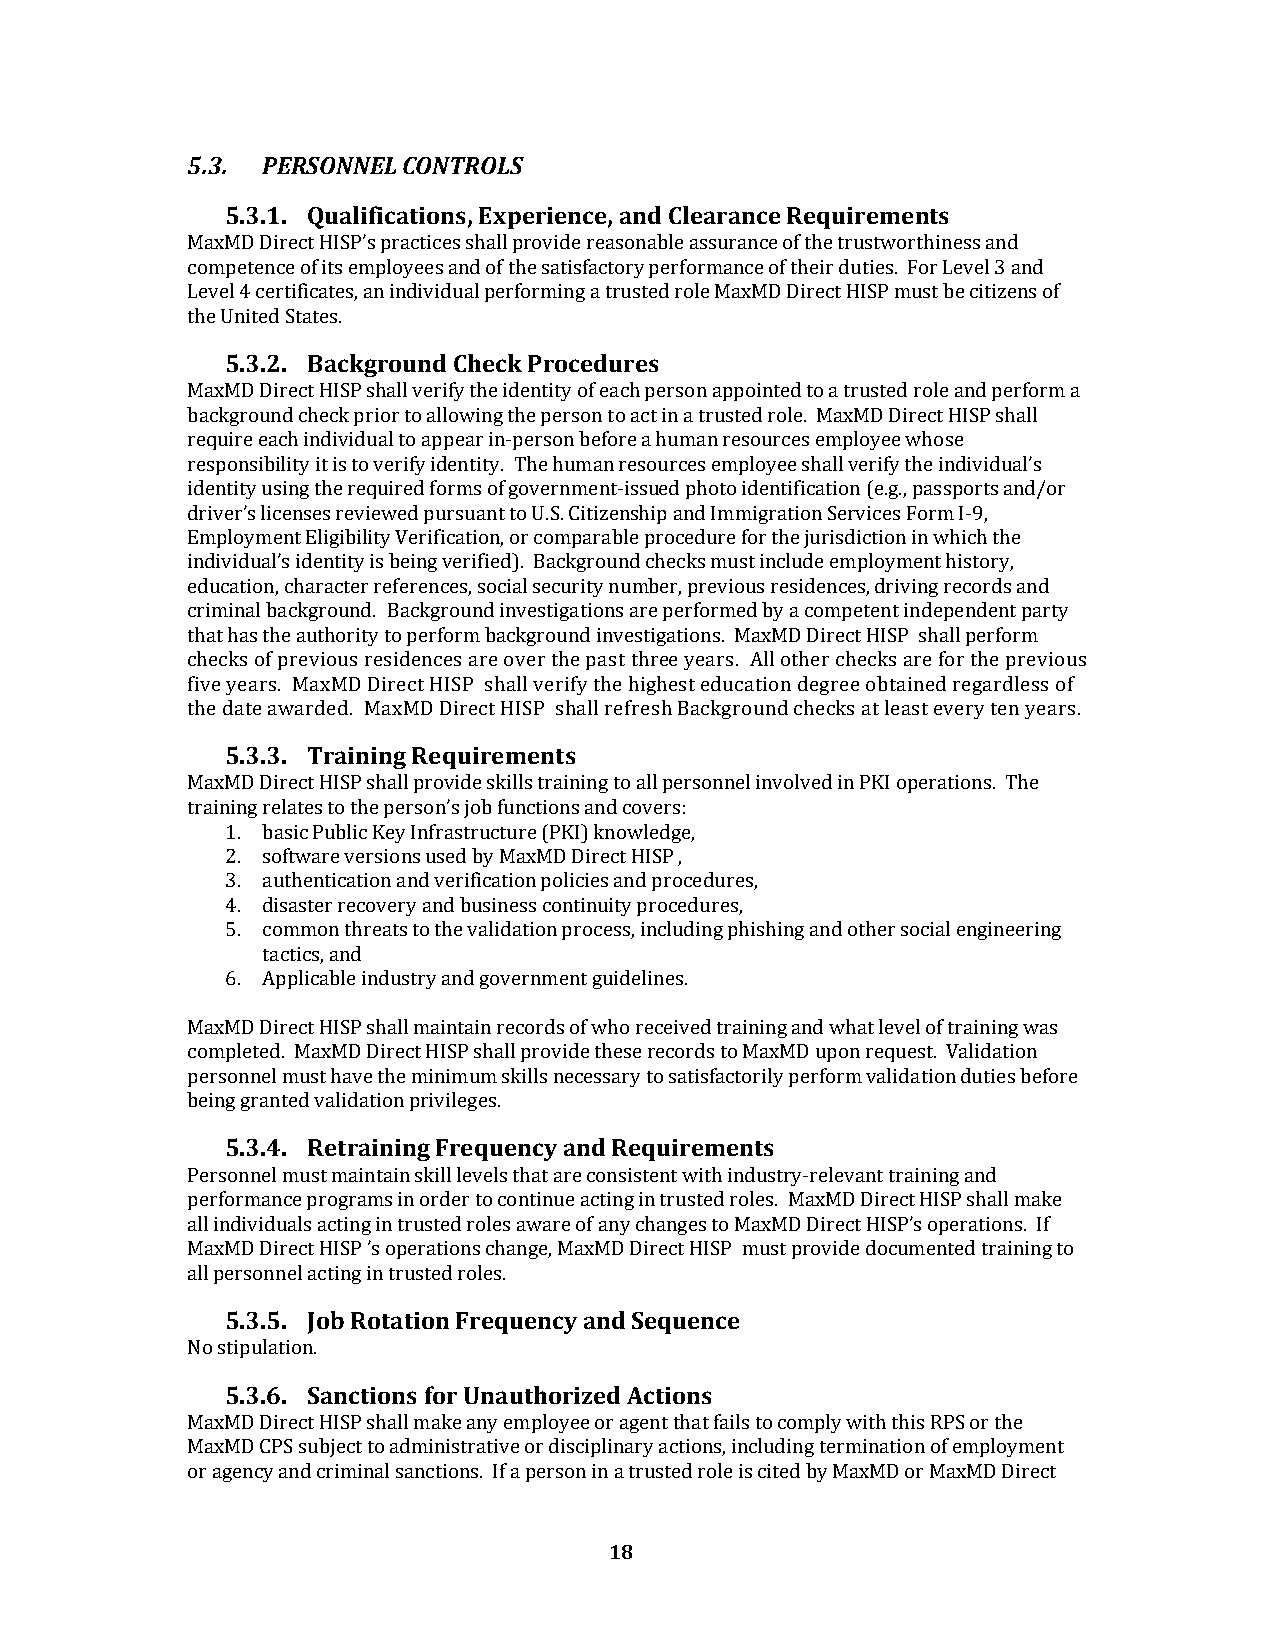
5.3. PERSONNEL CONTROLS
 5.3.1. Qualifications, Experience, and Clearance Requirements
 MaxMD Direct HISP’s practices shall provide reasonable assurance of the trustworthiness and
 competence of its employees and of the satisfactory performance of their duties. For Level 3 and
 Level 4 certificates, an individual performing a trusted role MaxMD Direct HISP must be citizens of
 the United States.
 5.3.2. Background Check Procedures
 MaxMD Direct HISP shall verify the identity of each person appointed to a trusted role and perform a
 background check prior to allowing the person to act in a trusted role. MaxMD Direct HISP shall
 require each individual to appear in-person before a human resources employee whose
 responsibility it is to verify identity. The human resources employee shall verify the individual’s
 identity using the required forms of government-issued photo identification (e.g., passports and/or
 driver’s licenses reviewed pursuant to U.S. Citizenship and Immigration Services Form I-9,
 Employment Eligibility Verification, or comparable procedure for the jurisdiction in which the
 individual’s identity is being verified). Background checks must include employment history,
 education, character references, social security number, previous residences, driving records and
 criminal background. Background investigations are performed by a competent independent party
 that has the authority to perform background investigations. MaxMD Direct HISP shall perform
 checks of previous residences are over the past three years. All other checks are for the previous
 five years. MaxMD Direct HISP shall verify the highest education degree obtained regardless of
 the date awarded. MaxMD Direct HISP shall refresh Background checks at least every ten years.
 5.3.3. Training Requirements
 MaxMD Direct HISP shall provide skills training to all personnel involved in PKI operations. The
 training relates to the person’s job functions and covers:
 1. basic Public Key Infrastructure (PKI) knowledge,
 2. software versions used by MaxMD Direct HISP ,
 3. authentication and verification policies and procedures,
 4. disaster recovery and business continuity procedures,
 5. common threats to the validation process, including phishing and other social engineering
 tactics, and
 6. Applicable industry and government guidelines.
 MaxMD Direct HISP shall maintain records of who received training and what level of training was
 completed. MaxMD Direct HISP shall provide these records to MaxMD upon request. Validation
 personnel must have the minimum skills necessary to satisfactorily perform validation duties before
 being granted validation privileges.
 5.3.4. Retraining Frequency and Requirements
 Personnel must maintain skill levels that are consistent with industry-relevant training and
 performance programs in order to continue acting in trusted roles. MaxMD Direct HISP shall make
 all individuals acting in trusted roles aware of any changes to MaxMD Direct HISP’s operations. If
 MaxMD Direct HISP ’s operations change, MaxMD Direct HISP must provide documented training to
 all personnel acting in trusted roles.
 5.3.5. Job Rotation Frequency and Sequence
 No stipulation.
 5.3.6. Sanctions for Unauthorized Actions
 MaxMD Direct HISP shall make any employee or agent that fails to comply with this RPS or the
 MaxMD CPS subject to administrative or disciplinary actions, including termination of employment
 or agency and criminal sanctions. If a person in a trusted role is cited by MaxMD or MaxMD Direct
 18